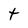
Character: t